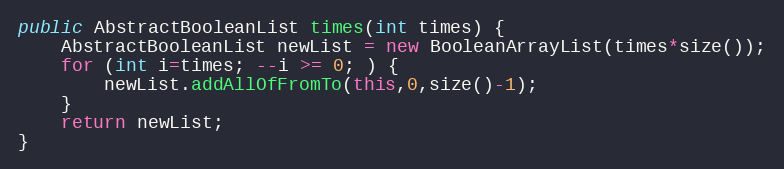
Language: Java
public AbstractBooleanList times(int times) {
	AbstractBooleanList newList = new BooleanArrayList(times*size());
	for (int i=times; --i >= 0; ) {
		newList.addAllOfFromTo(this,0,size()-1);
	}
	return newList;
}